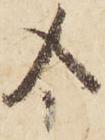
令